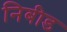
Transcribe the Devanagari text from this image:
निबीड